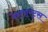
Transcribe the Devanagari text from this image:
रेस्तारंट्स